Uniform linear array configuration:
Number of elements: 24
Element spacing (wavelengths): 1
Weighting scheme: kaiser
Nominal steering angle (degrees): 45
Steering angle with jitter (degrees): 43.12
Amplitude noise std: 0.05
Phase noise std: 0.05

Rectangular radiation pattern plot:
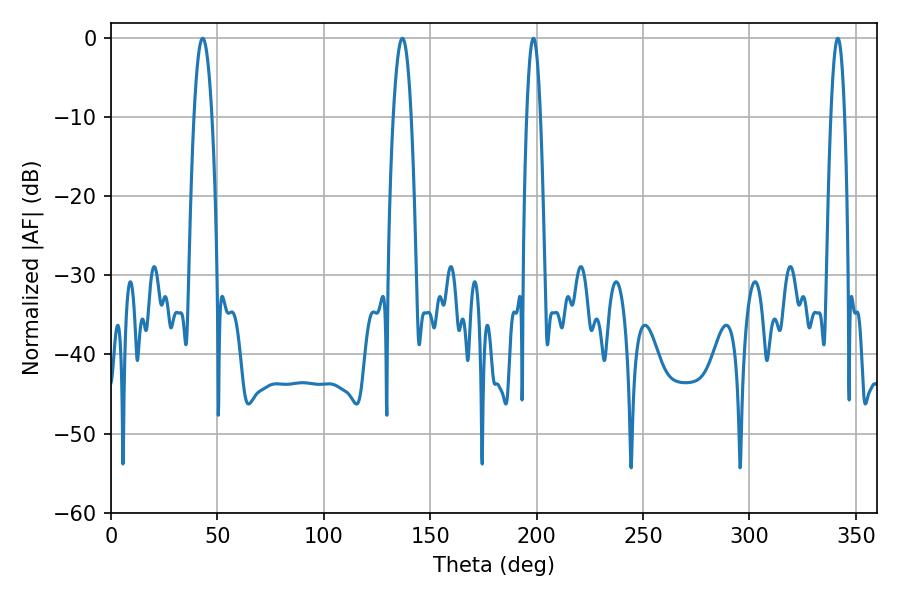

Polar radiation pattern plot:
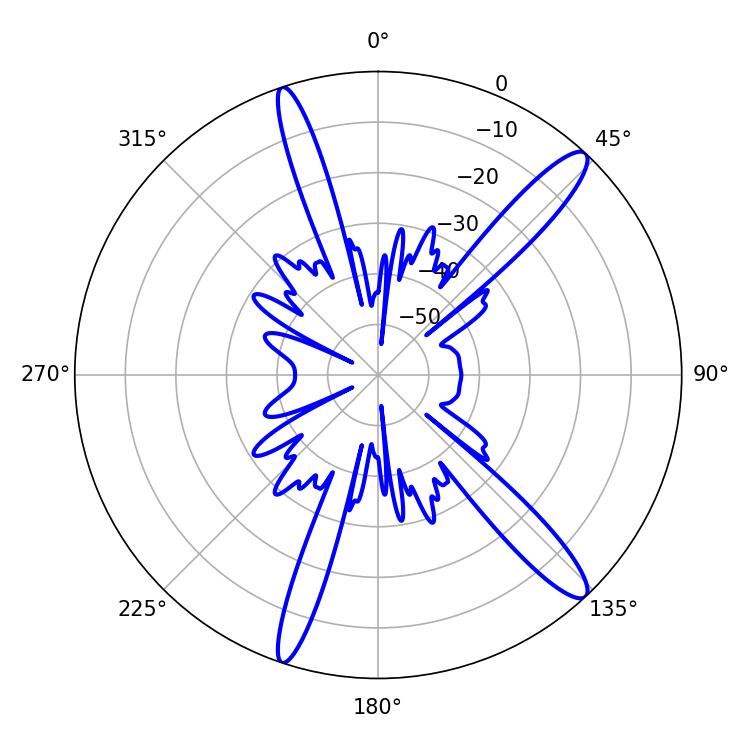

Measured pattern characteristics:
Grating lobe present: TRUE
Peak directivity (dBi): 14.156
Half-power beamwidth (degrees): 4.5
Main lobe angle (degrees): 43.02